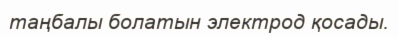
таңбалы болатын электрод қосады.